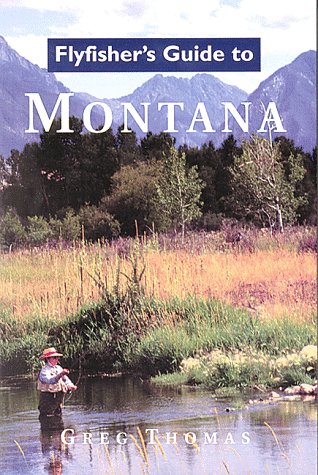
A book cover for Flyfisher's Guide to Montana; Greg Thomas; Travel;